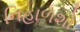
નિહાળશો